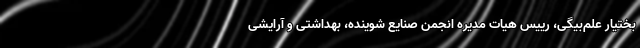
بختیار علم‌بیگی، رییس هیات مدیره انجمن صنایع شوینده، بهداشتی و آرایشی